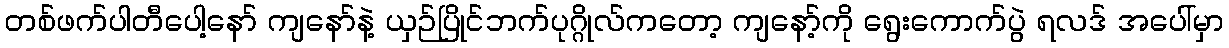
တစ်ဖက်ပါတီပေါ့နော် ကျနော်နဲ့ ယှဉ်ပြိုင်ဘက်ပုဂ္ဂိုလ်ကတော့ ကျနော့်ကို ရွေးကောက်ပွဲ ရလဒ် အပေါ်မှာ